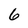
Character: 6